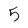
Character: 5